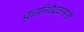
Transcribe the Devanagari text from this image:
वृत्तनिवेदकासाठी